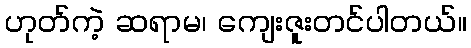
ဟုတ်ကဲ့ ဆရာမ၊ ကျေးဇူးတင်ပါတယ်။